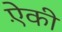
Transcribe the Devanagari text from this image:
ऐंकी